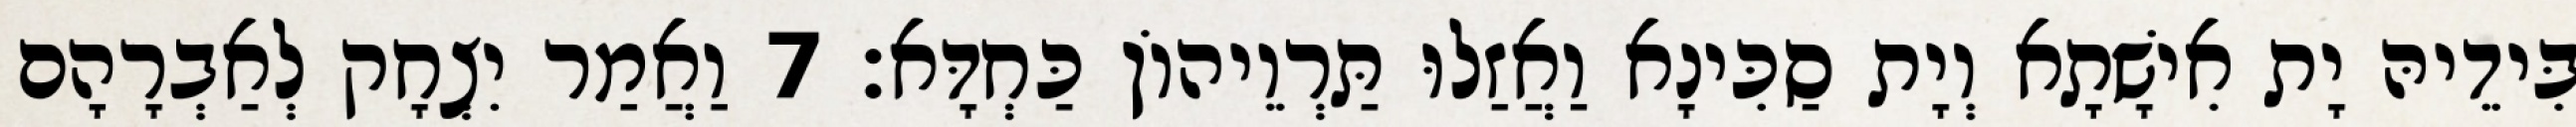
בִּידֵיהּ יָת אִישָׁתָא וְיָת סַכִּינָא וַאֲזַלוּ תַּרְוֵיהוֹן כַּחְדָּא׃ 7 וַאֲמַר יִצְחָק לְאַבְרָהָם